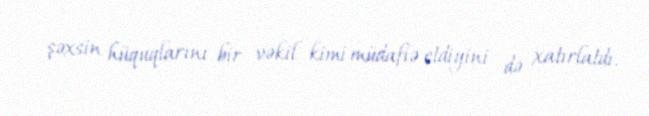
şəxsin hüquqlarını bir vəkil kimi müdafiə etdiyini də xatırlatdı.